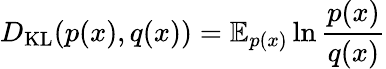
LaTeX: D_{\mathrm{KL}}(p(x),q(x))=\mathbb{E}_{p(x)}\ln\frac{p(x)}{q(x)}